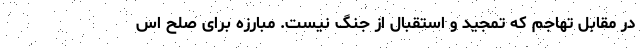
در مقابل تهاجم که تمجید و استقبال از جنگ نیست. مبارزه برای صلح اس